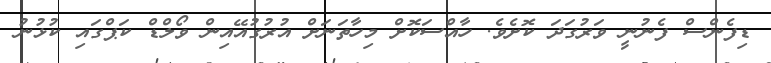
ޑިފެންސް ފެނުނީ ވަރުގަދަ ކޮށެވެ. ހާއްސަކޮށް މިހާތަނަށް އުރުގުއޭއިން ވޯލްޑް ކަޕްގައި ކުޅުނު